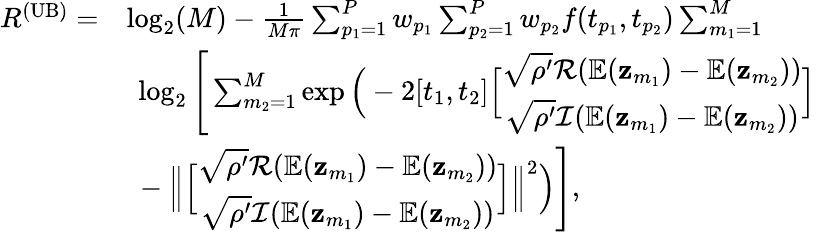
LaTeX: \begin{array}{rl}{R^{\mathrm{(UB)}}=}&{\log_{2}(M)-\frac{1}{M\pi}\sum_{p_{1}=1}^{P}w_{p_{1}}\sum_{p_{2}=1}^{P}w_{p_{2}}f(t_{p_{1}},t_{p_{2}})\sum_{m_{1}=1}^{M}}\\ &{\ \log_{2}\Bigg[\sum_{m_{2}=1}^{M}\exp\Big(-2[t_{1},t_{2}]\Big[\begin{array}{c}{\sqrt{\rho^{\prime}}\mathcal{R}(\mathbb{E}(\mathbf{z}_{m_{1}})-\mathbb{E}(\mathbf{z}_{m_{2}}))}\\ {\sqrt{\rho^{\prime}}\mathcal{I}(\mathbb{E}(\mathbf{z}_{m_{1}})-\mathbb{E}(\mathbf{z}_{m_{2}}))}\end{array}\Big]}\\ &{\ -\Big\| \Big[\begin{array}{c}{\sqrt{\rho^{\prime}}\mathcal{R}(\mathbb{E}(\mathbf{z}_{m_{1}})-\mathbb{E}(\mathbf{z}_{m_{2}}))}\\ {\sqrt{\rho^{\prime}}\mathcal{I}(\mathbb{E}(\mathbf{z}_{m_{1}})-\mathbb{E}(\mathbf{z}_{m_{2}}))}\end{array}\Big]\Big\| ^{2}\Big)\Bigg],}\end{array}